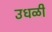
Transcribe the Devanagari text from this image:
उधळी